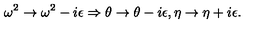
\omega ^ { 2 } \rightarrow \omega ^ { 2 } - i \epsilon \Rightarrow \theta \rightarrow \theta - i \epsilon , \eta \rightarrow \eta + i \epsilon .